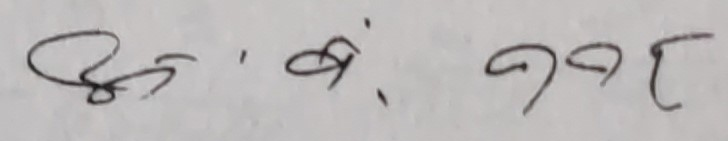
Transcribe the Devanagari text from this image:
४८. ७९. ११८